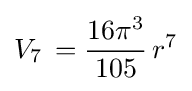
V_{7}\,={\frac {16\pi ^{3}}{105}}\,r^{7}